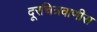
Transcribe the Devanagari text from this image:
दूरचित्रवाणीस